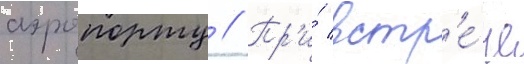
аэропорту // Пр'и́ встр'е́че